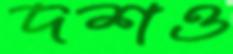
দশও